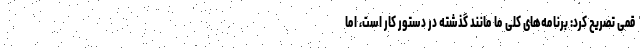
قمی تصریح کرد: برنامه‌های کلی ما مانند گذشته در دستور کار است، اما